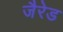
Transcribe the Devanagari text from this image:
जैरेड